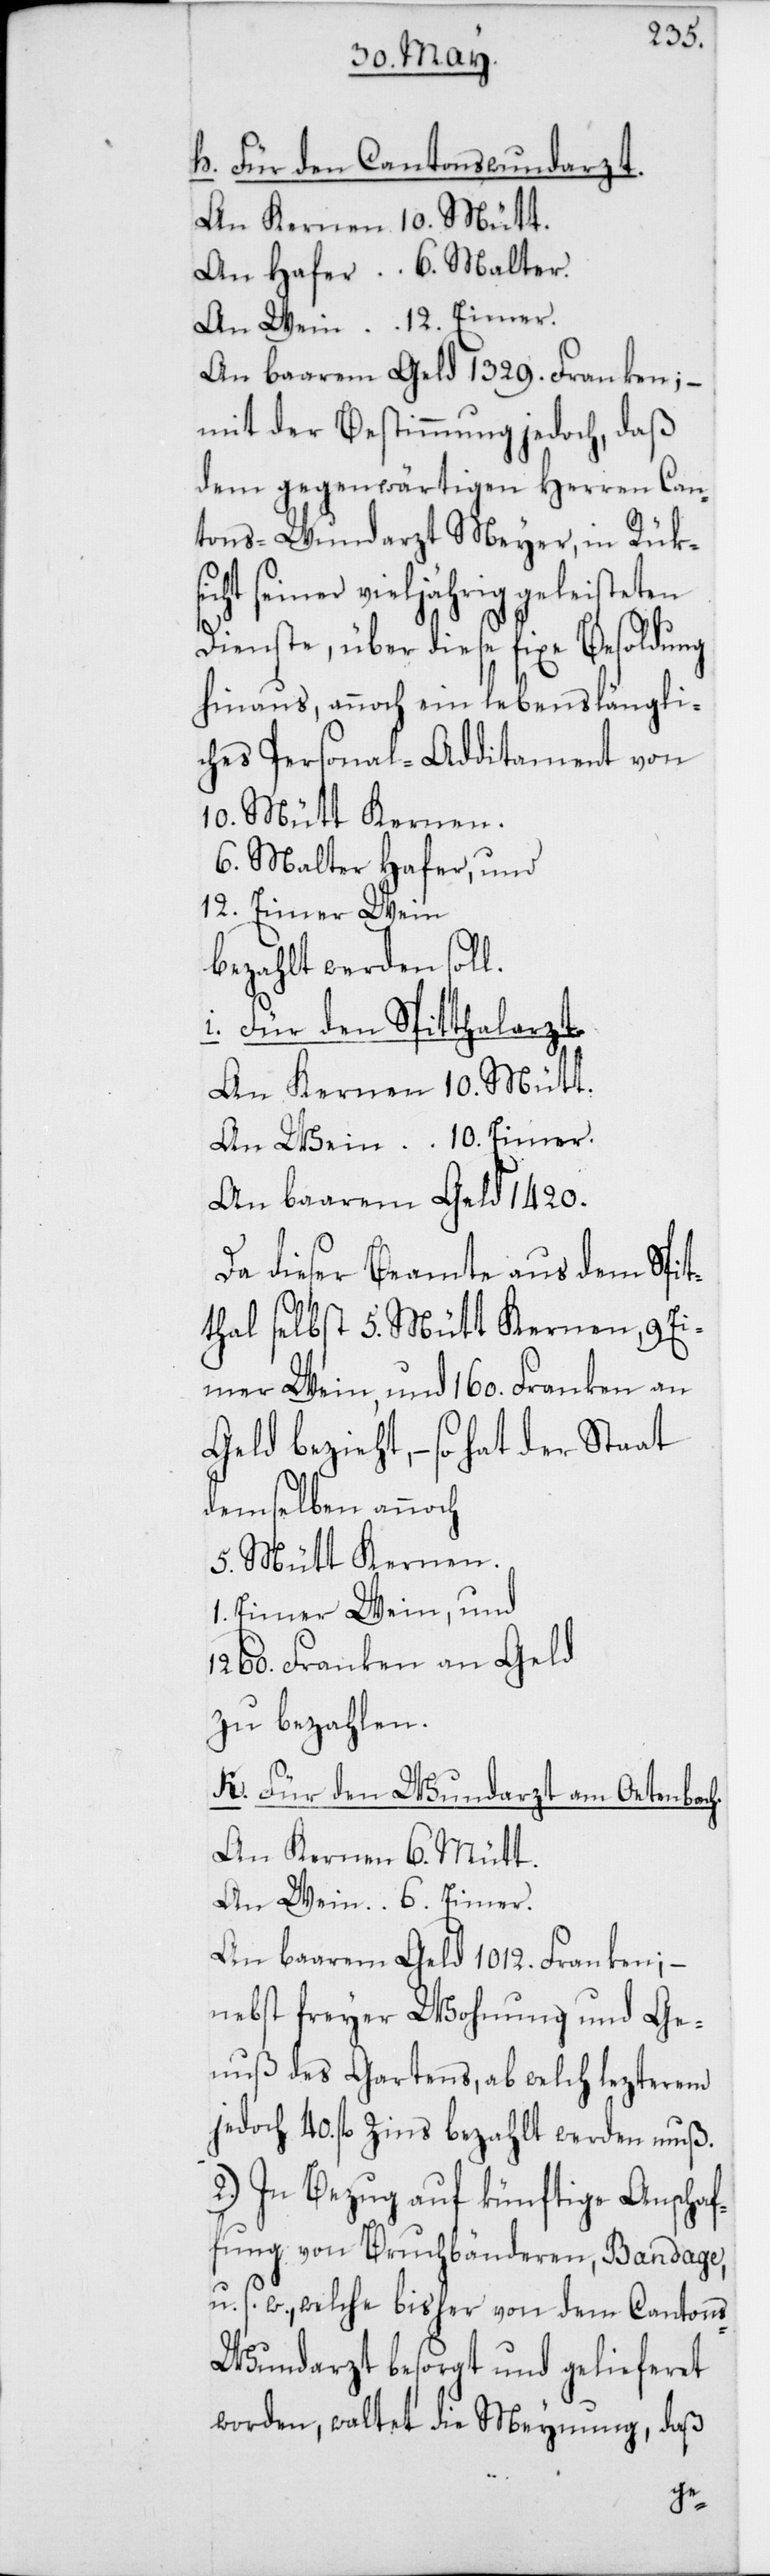
h. Für den Cantonswundarzt.
An Kernen 10. Mütt.
An Hafer 6. Malter.
An Wein 12. Eimer
An baarem Geld 1329. Franken; –
mit der Bestimmung jedoch, daß
dem gegenwärtigen Herren Can¬
tons-Wundarzt Meyer, in Rüksi¬
cht seiner vieljährig geleisteten
Dienste, über diese fixe Besoldung
hinaus, annoch ein lebenslängli¬
ches Personal-Additament von
10. Mütt Kernen.
6. Malter Hafer, und
12. Eimer Wein
bezahlt werden soll.
i. Für den Spitthalarzt.
An Kernen 10. Mütt.
An Wein 10. Eimer.
An baarem Geld 1420.
Da dieser Beamte aus dem Spit¬
thal selbst 5. Mütt Kernen, 9 E¬
imer Wein, und 160. Franken an
Geld bezieht, – so hat der Staat
demselben annoch
5. Mütt Kernen.
1. Eimer Wein, und
1260. Franken an Geld
zu bezahlen.
k. Für den Wundarzt am Oetenbach.
An Kernen 6. Mütt.
An Wein 6. Eimer.
An baarem Geld 1012. Franken, –
nebst freyer Wohnung und Ge¬
nuß des Gartens, ab welch lezterem
jedoch 40. fl. Zins bezahlt werden muß.
2.) In Bezug auf künftige Anschaf¬
fung von Bruchbänderen, Bandage
u. s. w., welche bisher von dem Canton¬
s-Wundarzt besorgt und gelieferet
worden, waltet die Meynung, daß